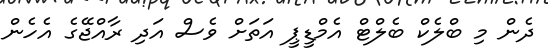
ދެން މި ބްލެކް ބެލްޓް އެމްޑީޕީ އަތަށް ވެސް އަދި ރާއްޖޭގެ އެހެން